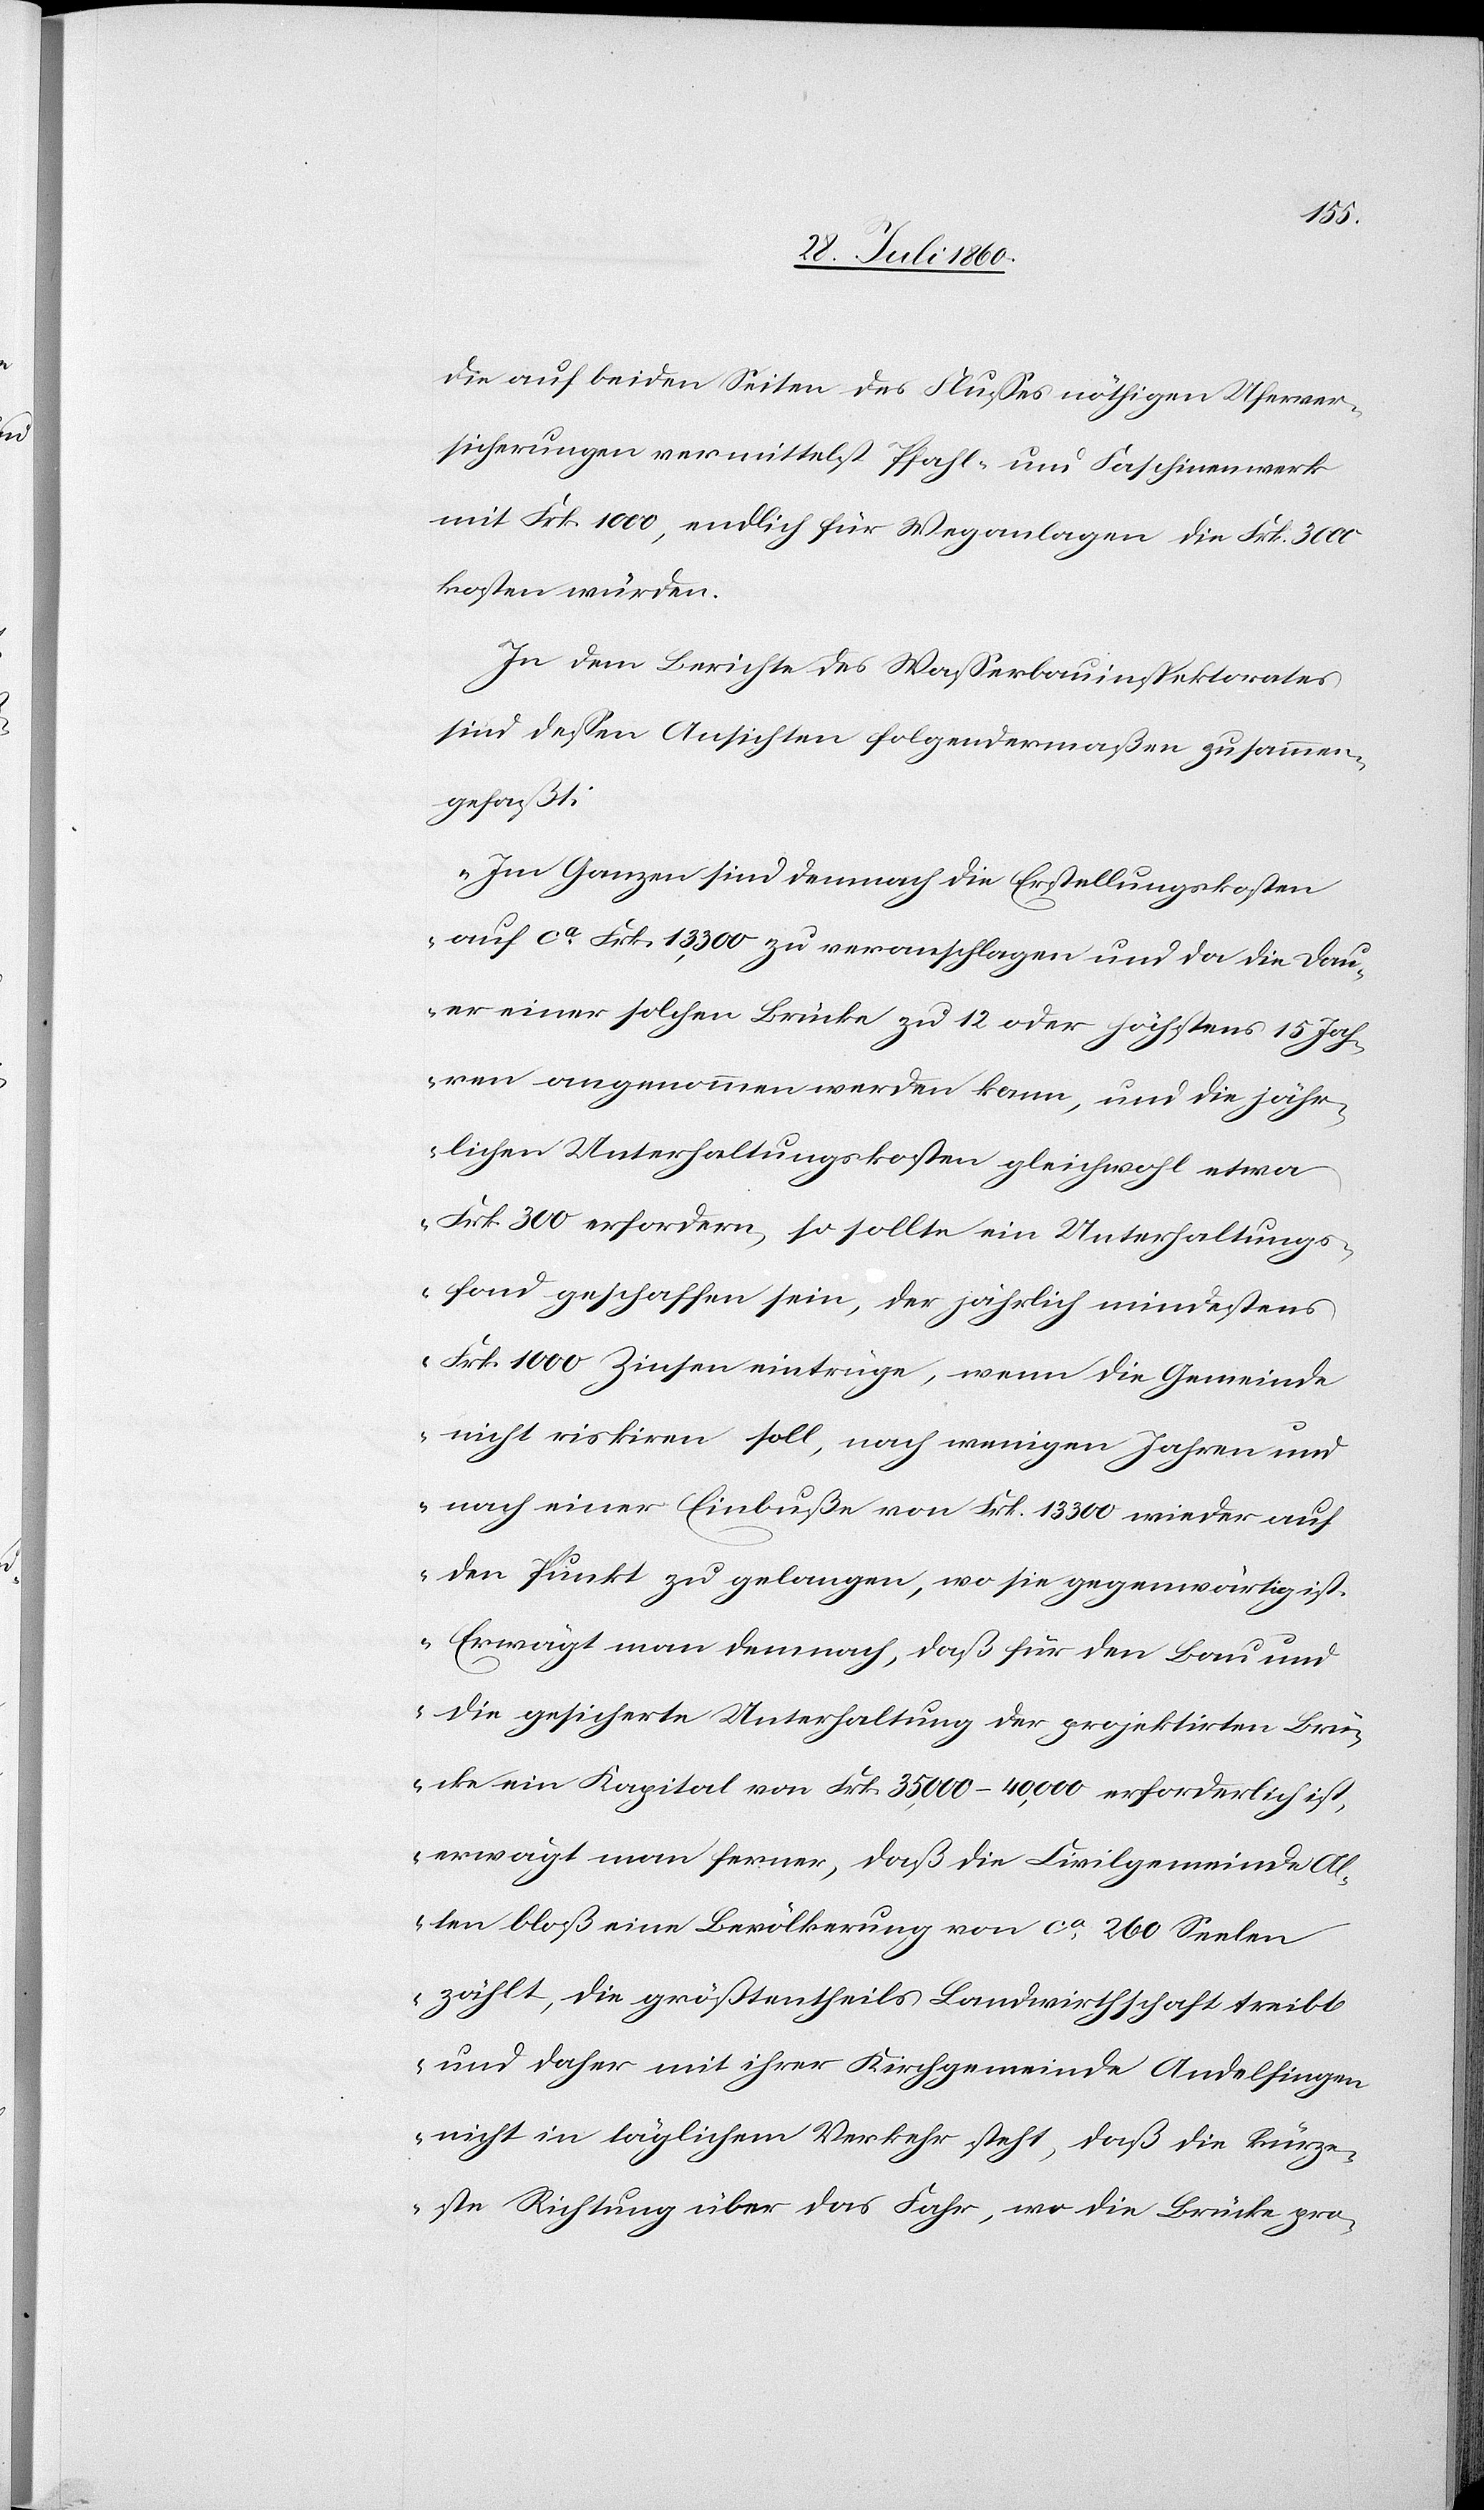
die auf beiden Seiten des Flusses nöthigen Uferver¬
sicherungen vermittelst Pfahl- u. Faschinenwerk
mit Frk. 1000, endlich für Weganlagen, die fcs. 3000
kosten würden.
In dem Berichte des Wasserbauinspektorates
sind dessen Ansichten folgender Massen zusammen¬
gefasst:
„Im Ganzen sind demnach die Erstellungskosten
auf ca fcs. 13 300 zu veranschlagen und da die Dau¬
er einer solchen Brücke zu 12 oder höchstens 15 Jah¬
ren angenommen werden kann und die jähr¬
lichen Unterhaltungskosten gleichwohl etwa
fcs. 300 erfordern, so sollte ein Unterhaltungs¬
fond geschaffen sein, der jährlich mindestens
fcs. 1000 Zinsen eintrüge, wenn die Gemeinde
nicht risquiren soll, nach wenigen Jahren und
nach einer Einbusse von fcs. 13,000 wieder auf
den Punkt zu gelangen, wo sie gegenwärtig ist.
Erwägt man demnach, dass für den Bau und
die gesicherte Unterhaltung der projektirten Brü¬
cke ein Kapital von fcs. 35 000–40 000 erforderlich ist,
erwägt man ferner, dass die Civilgemeinde Al¬
ten blos eine Bevölkerung von ca 260 Seelen
zählt, die grösstentheils Landwirthschaft treibt
und daher mit ihrer Kirchgemeinde Andelfingen
nicht in täglichem Verkehr steht, dass die kürze¬
ste Richtung über das Fahr, wo die Brücke pro-